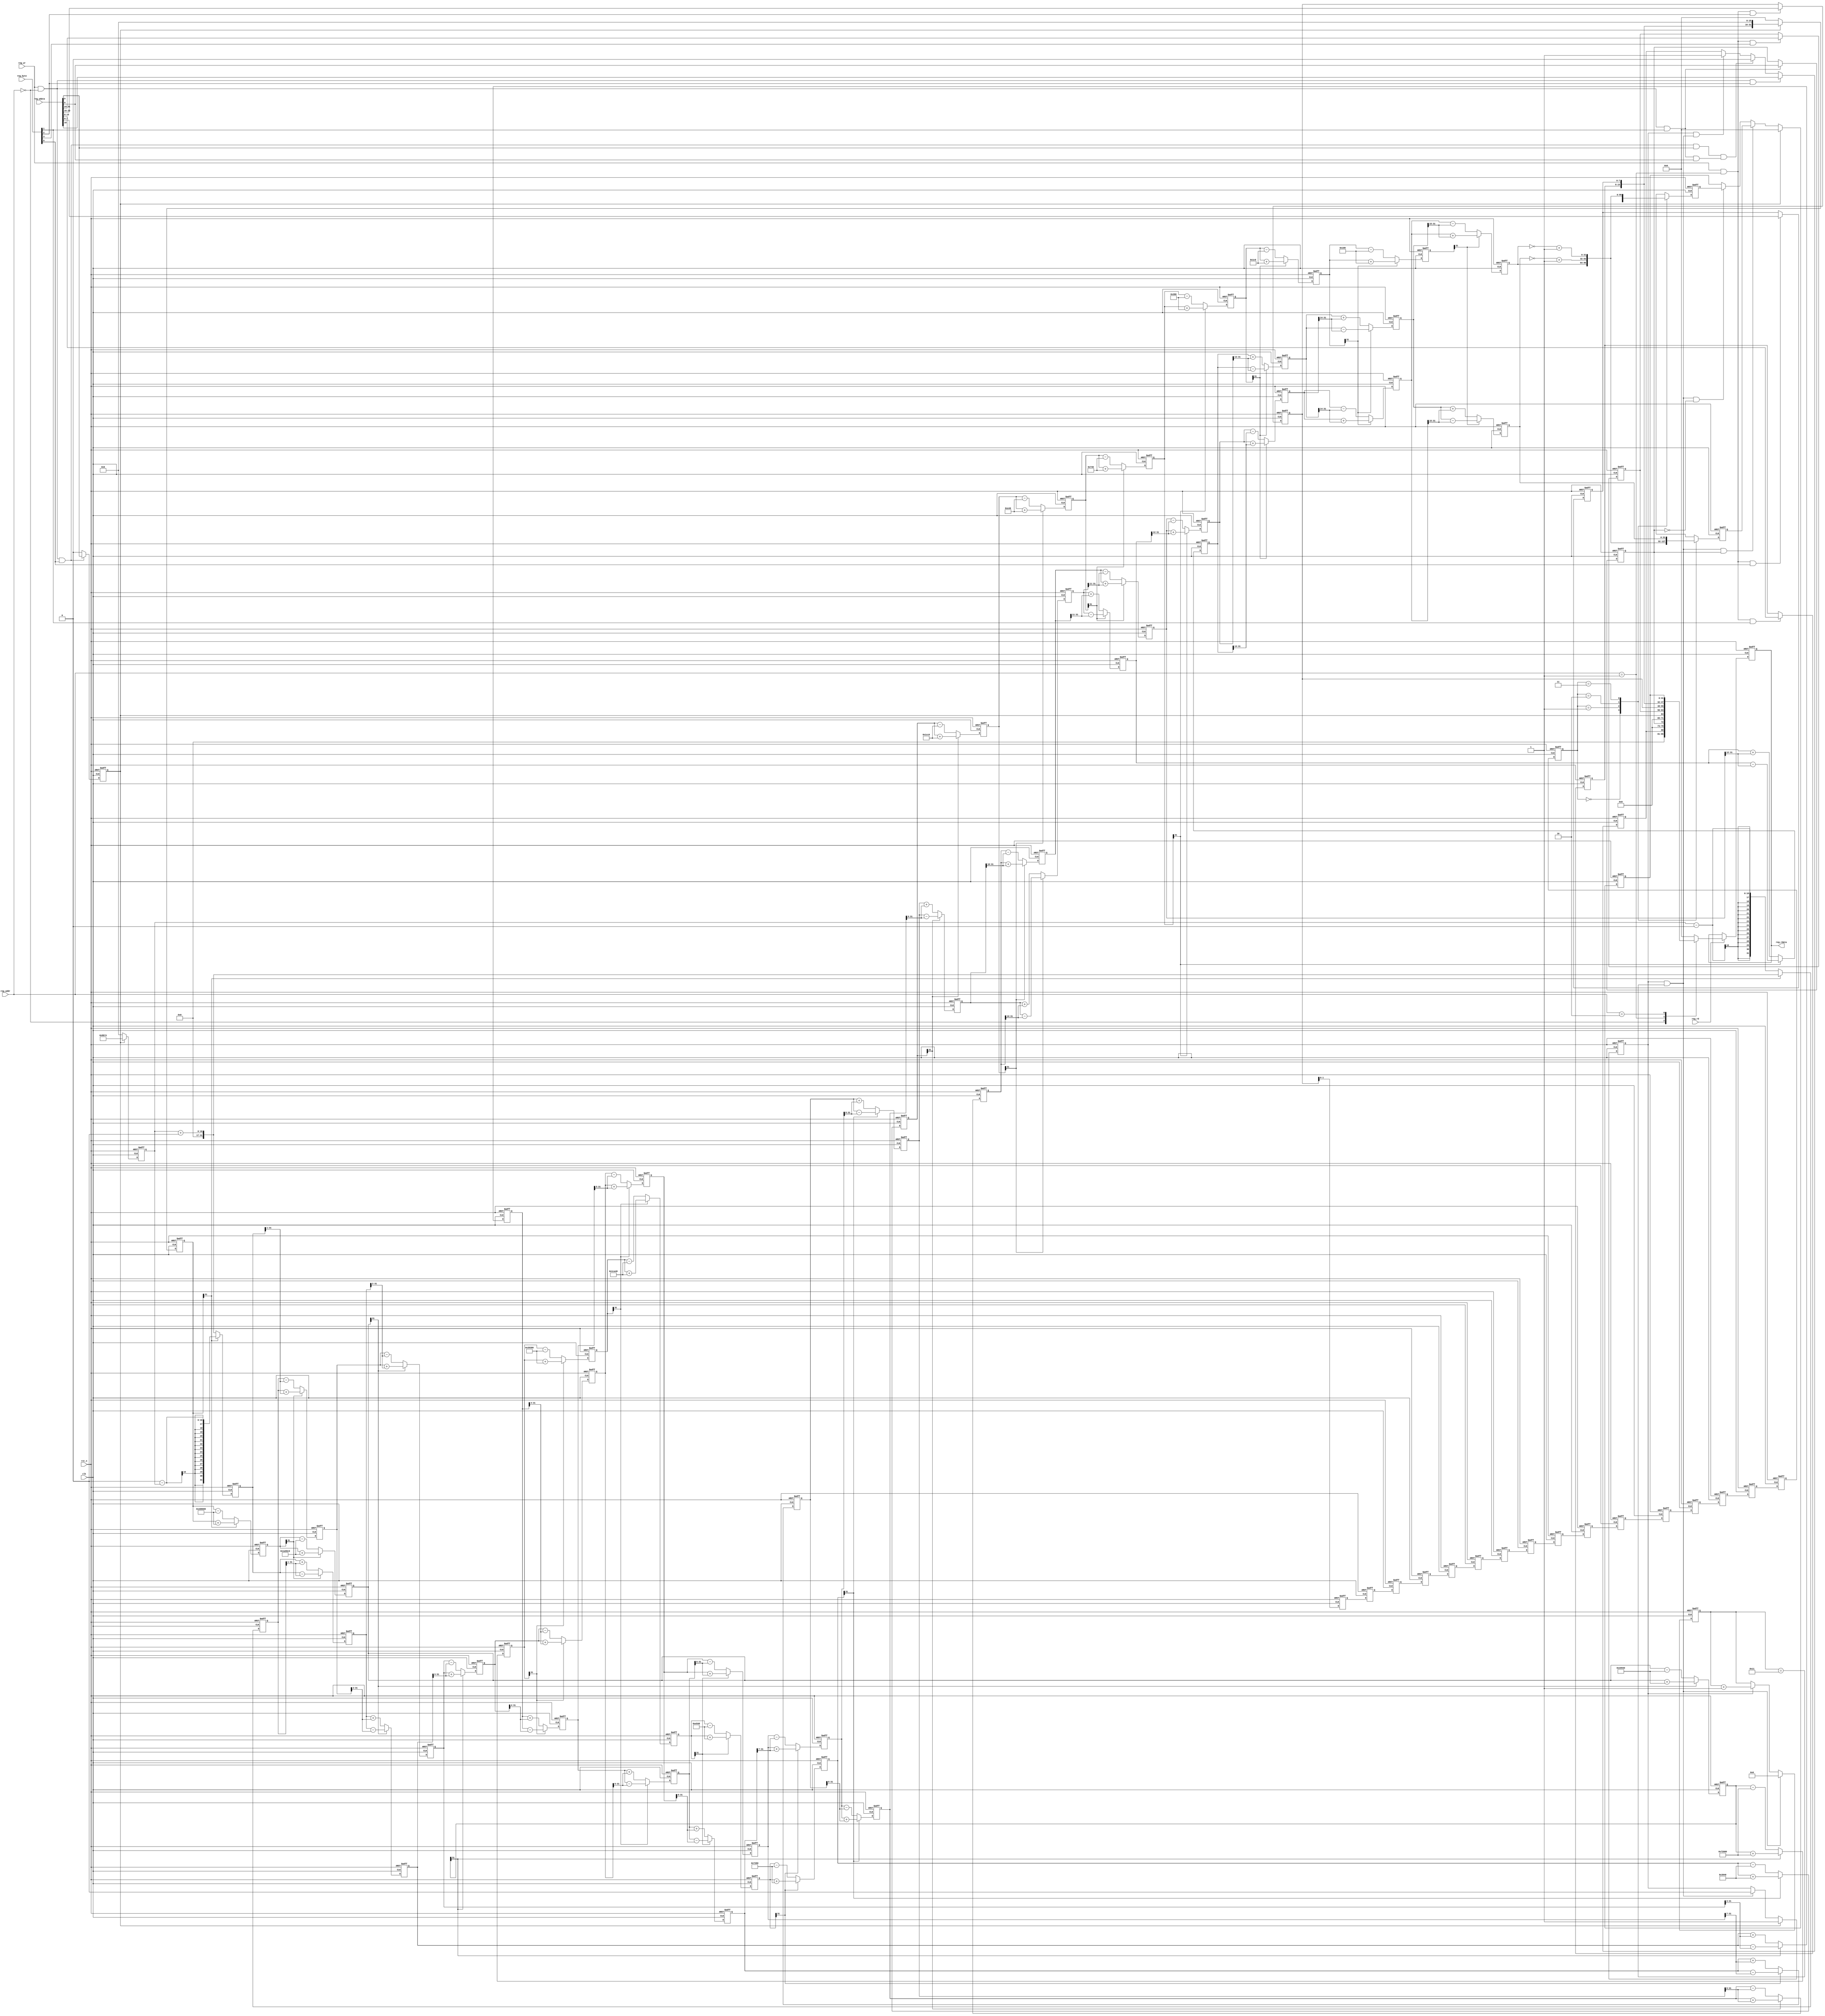
`timescale 1ns / 1ps
//////////////////////////////////////////////////////////////////////////////////
// Company: 
// Engineer: 
// 
// Design Name: 
// Module Name: cordic
// Project Name: 
// Target Devices: 
// Tool Versions: 
// Description: 
// 
// Dependencies: 
// 
// Revision:
// Revision 0.01 - File Created
// Additional Comments:
// 
//////////////////////////////////////////////////////////////////////////////////


module cordic
(
    input  wire        clk      ,
    input  wire        rst_n    ,
    input  wire        reg_wr   ,
    input  wire        reg_rd   ,
    input  wire [3:0]  reg_byte ,
    input  wire [3:0]  reg_addr ,
    input  wire [31:0] reg_wdata,
    output reg  [31:0] reg_rdata
);

reg        start  ;
reg        finish ;
reg        func   ;
reg [31:0] phase  ;
reg [31:0] result ;
reg [5:0]  cnt    ;
reg        vld    ;

wire cnt_end = vld & (cnt == 6'h11);

wire vld_d = start ? 1'b1 : cnt_end ? 1'b0 : vld;

always @ (posedge clk or negedge rst_n) begin
    if (~rst_n)       cnt <= 6'h0;
    else if (cnt_end) cnt <= 6'h0;
    else if (vld)     cnt <= cnt + 6'h1;
end

always @ (posedge clk or negedge rst_n) begin
    if (~rst_n) vld <= 1'b0;
    else        vld <= vld_d;
end

reg signed [31:0] sin;
reg signed [31:0] cos;

always @ (posedge clk or negedge rst_n) begin
    if (~rst_n)               result <= 32'h0;
    else if (start)           result <= 32'h0;
    else if (cnt_end & func)  result <= cos;
    else if (cnt_end & ~func) result <= sin;
end

wire start_wr  = reg_wr & (reg_addr == 4'h0);
wire phase_wr = reg_wr & (reg_addr == 4'h1);

always @ (posedge clk or negedge rst_n) begin
    if (~rst_n)                      start <= 1'b0;
    else if (start_wr & reg_byte[0]) start <= reg_wdata[0];
    else                             start <= 1'b0;
end
  
always @ (posedge clk or negedge rst_n) begin
    if (~rst_n)                      func <= 1'b0;
    else if (start_wr & reg_byte[1]) func <= reg_wdata[8];
end

wire start_d = start_wr & reg_byte[0] & reg_wdata[0];

wire finish_inv_d = start_wr & reg_byte[1] & reg_wdata[8];

wire finish_clr = start_d & finish_inv_d;

always @ (posedge clk or negedge rst_n) begin
    if (~rst_n)                      finish <= 1'b0;
    else if (start_wr & reg_byte[2]) finish <= reg_wdata[16];
    else if (finish_clr)             finish <= 1'b0;
    else if (vld & cnt_end)          finish <= 1'b1;
end

always @ (posedge clk or negedge rst_n) begin
    if (~rst_n)                      phase[7:0] <= 8'h00;
    else if (phase_wr & reg_byte[0]) phase[7:0] <= reg_wdata[7:0];
end

always @ (posedge clk or negedge rst_n) begin
    if (~rst_n)                      phase[15:8] <= 8'h00;
    else if (phase_wr & reg_byte[1]) phase[15:8] <= reg_wdata[15:8];
end

always @ (posedge clk or negedge rst_n) begin
    if (~rst_n)                      phase[23:16] <= 8'h00;
    else if (phase_wr & reg_byte[2]) phase[23:16] <= reg_wdata[23:16];
end

always @ (posedge clk or negedge rst_n) begin
    if (~rst_n)                      phase[31:24] <= 8'h00;
    else if (phase_wr & reg_byte[3]) phase[31:24] <= reg_wdata[31:24];
end

always @ (posedge clk or negedge rst_n) begin
    if (~rst_n) reg_rdata <= 32'h0;
    else if (reg_rd) begin
	case (reg_addr) 
            4'h0 : reg_rdata <= {15'h0,finish,7'h0,func,7'h0,start};
	    4'h1 : reg_rdata <= phase;
	    4'h2 : reg_rdata <= result;
	    default : reg_rdata <= 32'h0;
	endcase
    end
end

`define rot0  32'd2949120       //45*2^16
`define rot1  32'd1740992       //26.5651*2^16
`define rot2  32'd919872        //14.0362*2^16
`define rot3  32'd466944        //7.1250*2^16
`define rot4  32'd234368        //3.5763*2^16
`define rot5  32'd117312        //1.7899*2^16
`define rot6  32'd58688         //0.8952*2^16
`define rot7  32'd29312         //0.4476*2^16
`define rot8  32'd14656         //0.2238*2^16
`define rot9  32'd7360          //0.1119*2^16
`define rot10 32'd3648          //0.0560*2^16
`define rot11 32'd1856          //0.0280*2^16
`define rot12 32'd896           //0.0140*2^16
`define rot13 32'd448           //0.0070*2^16
`define rot14 32'd256           //0.0035*2^16
`define rot15 32'd128           //0.0018*2^16

parameter Pipeline = 16;
parameter K = 32'h09b74;    //K=0.607253*2^16,32'h09b74,

reg signed [31:0] error;
reg signed [31:0] x0=0,y0=0,z0=0;
reg signed [31:0] x1=0,y1=0,z1=0;
reg signed [31:0] x2=0,y2=0,z2=0;
reg signed [31:0] x3=0,y3=0,z3=0;
reg signed [31:0] x4=0,y4=0,z4=0;
reg signed [31:0] x5=0,y5=0,z5=0;
reg signed [31:0] x6=0,y6=0,z6=0;
reg signed [31:0] x7=0,y7=0,z7=0;
reg signed [31:0] x8=0,y8=0,z8=0;
reg signed [31:0] x9=0,y9=0,z9=0;
reg signed [31:0] x10=0,y10=0,z10=0;
reg signed [31:0] x11=0,y11=0,z11=0;
reg signed [31:0] x12=0,y12=0,z12=0;
reg signed [31:0] x13=0,y13=0,z13=0;
reg signed [31:0] x14=0,y14=0,z14=0;
reg signed [31:0] x15=0,y15=0,z15=0;
reg signed [31:0] x16=0,y16=0,z16=0;
reg        [ 1:0] Quadrant [Pipeline:0];

always @ (posedge clk or negedge rst_n)
begin
    if(!rst_n)
    begin
        x0 <= 1'b0;                         
        y0 <= 1'b0;
        z0 <= 1'b0;
    end
    else if (start)
    begin
        x0 <= K;
        y0 <= 32'd0;
        z0 <= phase[15:0] << 16;
    end
    else
    begin
        x0 <= 32'h0;                         
        y0 <= 32'h0;
        z0 <= 32'h0;
    end
end

always @ (posedge clk or negedge rst_n)
begin
    if(!rst_n)
    begin
        x1 <= 1'b0;                         
        y1 <= 1'b0;
        z1 <= 1'b0;
    end
    else if(z0[31])
    begin
      x1 <= x0 + y0;
      y1 <= y0 - x0;
      z1 <= z0 + `rot0;
    end
    else
    begin
      x1 <= x0 - y0;
      y1 <= y0 + x0;
      z1 <= z0 - `rot0;
    end
end

always @ (posedge clk or negedge rst_n)
begin
    if(!rst_n)
    begin
        x2 <= 1'b0;                         
        y2 <= 1'b0;
        z2 <= 1'b0;
    end
    else if(z1[31])
   begin
        x2 <= x1 + (y1 >>> 1);
        y2 <= y1 - (x1 >>> 1);
        z2 <= z1 + `rot1;
   end
   else
   begin
       x2 <= x1 - (y1 >>> 1);
       y2 <= y1 + (x1 >>> 1);
       z2 <= z1 - `rot1;
   end
end

always @ (posedge clk or negedge rst_n)
begin
    if(!rst_n)
    begin
        x3 <= 1'b0;                         
        y3 <= 1'b0;
        z3 <= 1'b0;
    end
    else if(z2[31])
   begin
       x3 <= x2 + (y2 >>> 2);
       y3 <= y2 - (x2 >>> 2);
       z3 <= z2 + `rot2;
   end
   else
   begin
       x3 <= x2 - (y2 >>> 2);
       y3 <= y2 + (x2 >>> 2);
       z3 <= z2 - `rot2;
   end
end

always @ (posedge clk or negedge rst_n)
begin
    if(!rst_n)
    begin
        x4 <= 1'b0;                         
        y4 <= 1'b0;
        z4 <= 1'b0;
    end
    else if(z3[31])
   begin
       x4 <= x3 + (y3 >>> 3);
       y4 <= y3 - (x3 >>> 3);
       z4 <= z3 + `rot3;
   end
   else
   begin
       x4 <= x3 - (y3 >>> 3);
       y4 <= y3 + (x3 >>> 3);
       z4 <= z3 - `rot3;
   end
end

always @ (posedge clk or negedge rst_n)
begin
    if(!rst_n)
    begin
        x5 <= 1'b0;                         
        y5 <= 1'b0;
        z5 <= 1'b0;
    end
    else if(z4[31])
   begin
       x5 <= x4 + (y4 >>> 4);
       y5 <= y4 - (x4 >>> 4);
       z5 <= z4 + `rot4;
   end
   else
   begin
       x5 <= x4 - (y4 >>> 4);
       y5 <= y4 + (x4 >>> 4);
       z5 <= z4 - `rot4;
   end
end

always @ (posedge clk or negedge rst_n)
begin
    if(!rst_n)
    begin
        x6 <= 1'b0;                         
        y6 <= 1'b0;
        z6 <= 1'b0;
    end
    else if(z5[31])
   begin
       x6 <= x5 + (y5 >>> 5);
       y6 <= y5 - (x5 >>> 5);
       z6 <= z5 + `rot5;
   end
   else
   begin
       x6 <= x5 - (y5 >>> 5);
       y6 <= y5 + (x5 >>> 5);
       z6 <= z5 - `rot5;
   end
end

always @ (posedge clk or negedge rst_n)
begin
    if(!rst_n)
    begin
        x7 <= 1'b0;                         
        y7 <= 1'b0;
        z7 <= 1'b0;
    end
    else if(z6[31])
   begin
       x7 <= x6 + (y6 >>> 6);
       y7 <= y6 - (x6 >>> 6);
       z7 <= z6 + `rot6;
   end
   else
   begin
       x7 <= x6 - (y6 >>> 6);
       y7 <= y6 + (x6 >>> 6);
       z7 <= z6 - `rot6;
   end
end

always @ (posedge clk or negedge rst_n)
begin
    if(!rst_n)
    begin
        x8 <= 1'b0;                         
        y8 <= 1'b0;
        z8 <= 1'b0;
    end
    else if(z7[31])
   begin
       x8 <= x7 + (y7 >>> 7);
       y8 <= y7 - (x7 >>> 7);
       z8 <= z7 + `rot7;
   end
   else
   begin
       x8 <= x7 - (y7 >>> 7);
       y8 <= y7 + (x7 >>> 7);
       z8 <= z7 - `rot7;
   end
end

always @ (posedge clk or negedge rst_n)
begin
    if(!rst_n)
    begin
        x9 <= 1'b0;                         
        y9 <= 1'b0;
        z9 <= 1'b0;
    end
    else if(z8[31])
   begin
       x9 <= x8 + (y8 >>> 8);
       y9 <= y8 - (x8 >>> 8);
       z9 <= z8 + `rot8;
   end
   else
   begin
       x9 <= x8 - (y8 >>> 8);
       y9 <= y8 + (x8 >>> 8);
       z9 <= z8 - `rot8;
   end
end

always @ (posedge clk or negedge rst_n)
begin
    if(!rst_n)
    begin
        x10 <= 1'b0;                        
        y10 <= 1'b0;
        z10 <= 1'b0;
    end
    else if(z9[31])
   begin
       x10 <= x9 + (y9 >>> 9);
       y10 <= y9 - (x9 >>> 9);
       z10 <= z9 + `rot9;
   end
   else
   begin
       x10 <= x9 - (y9 >>> 9);
       y10 <= y9 + (x9 >>> 9);
       z10 <= z9 - `rot9;
   end
end

always @ (posedge clk or negedge rst_n)
begin
    if(!rst_n)
    begin
        x11 <= 1'b0;                        
        y11 <= 1'b0;
        z11 <= 1'b0;
    end
    else if(z10[31])
   begin
       x11 <= x10 + (y10 >>> 10);
       y11 <= y10 - (x10 >>> 10);
       z11 <= z10 + `rot10;
   end
   else
   begin
       x11 <= x10 - (y10 >>> 10);
       y11 <= y10 + (x10 >>> 10);
       z11 <= z10 - `rot10;
   end
end

always @ (posedge clk or negedge rst_n)
begin
    if(!rst_n)
    begin
        x12 <= 1'b0;                        
        y12 <= 1'b0;
        z12 <= 1'b0;
    end
    else if(z11[31])
   begin
       x12 <= x11 + (y11 >>> 11);
       y12 <= y11 - (x11 >>> 11);
       z12 <= z11 + `rot11;
   end
   else
   begin
       x12 <= x11 - (y11 >>> 11);
       y12 <= y11 + (x11 >>> 11);
       z12 <= z11 - `rot11;
   end
end

always @ (posedge clk or negedge rst_n)
begin
    if(!rst_n)
    begin
        x13 <= 1'b0;                        
        y13 <= 1'b0;
        z13 <= 1'b0;
    end
    else if(z12[31])
   begin
       x13 <= x12 + (y12 >>> 12);
       y13 <= y12 - (x12 >>> 12);
       z13 <= z12 + `rot12;
   end
   else
   begin
       x13 <= x12 - (y12 >>> 12);
       y13 <= y12 + (x12 >>> 12);
       z13 <= z12 - `rot12;
   end
end

always @ (posedge clk or negedge rst_n)
begin
    if(!rst_n)
    begin
        x14 <= 1'b0;                        
        y14 <= 1'b0;
        z14 <= 1'b0;
    end
    else if(z13[31])
   begin
       x14 <= x13 + (y13 >>> 13);
       y14 <= y13 - (x13 >>> 13);
       z14 <= z13 + `rot13;
   end
   else
   begin
       x14 <= x13 - (y13 >>> 13);
       y14 <= y13 + (x13 >>> 13);
       z14 <= z13 - `rot13;
   end
end

always @ (posedge clk or negedge rst_n)
begin
    if(!rst_n)
    begin
        x15 <= 1'b0;                        
        y15 <= 1'b0;
        z15 <= 1'b0;
    end
    else if(z14[31])
   begin
       x15 <= x14 + (y14 >>> 14);
       y15 <= y14 - (x14 >>> 14);
       z15 <= z14 + `rot14;
   end
   else
   begin
       x15 <= x14 - (y14 >>> 14);
       y15 <= y14 + (x14 >>> 14);
       z15 <= z14 - `rot14;
   end
end

always @ (posedge clk or negedge rst_n)
begin
    if(!rst_n)
    begin
        x16 <= 1'b0;                        
        y16 <= 1'b0;
        z16 <= 1'b0;
    end
    else if(z15[31])
   begin
       x16 <= x15 + (y15 >>> 15);
       y16 <= y15 - (x15 >>> 15);
       z16 <= z15 + `rot15;
   end
   else
   begin
       x16 <= x15 - (y15 >>> 15);
       y16 <= y15 + (x15 >>> 15);
       z16 <= z15 - `rot15;
   end
end

always @ (posedge clk or negedge rst_n)
begin
    if(!rst_n)
    begin
        Quadrant[0] <= 1'b0;
        Quadrant[1] <= 1'b0;
        Quadrant[2] <= 1'b0;
        Quadrant[3] <= 1'b0;
        Quadrant[4] <= 1'b0;
        Quadrant[5] <= 1'b0;
        Quadrant[6] <= 1'b0;
        Quadrant[7] <= 1'b0;
        Quadrant[8] <= 1'b0;
        Quadrant[9] <= 1'b0;
        Quadrant[10] <= 1'b0;
        Quadrant[11] <= 1'b0;
        Quadrant[12] <= 1'b0;
        Quadrant[13] <= 1'b0;
        Quadrant[14] <= 1'b0;
        Quadrant[15] <= 1'b0;
        Quadrant[16] <= 1'b0;
    end
    else
    begin
        Quadrant[0] <= phase[17:16];
        Quadrant[1] <= Quadrant[0];
        Quadrant[2] <= Quadrant[1];
        Quadrant[3] <= Quadrant[2];
        Quadrant[4] <= Quadrant[3];
        Quadrant[5] <= Quadrant[4];
        Quadrant[6] <= Quadrant[5];
        Quadrant[7] <= Quadrant[6];
        Quadrant[8] <= Quadrant[7];
        Quadrant[9] <= Quadrant[8];
        Quadrant[10] <= Quadrant[9];
        Quadrant[11] <= Quadrant[10];
        Quadrant[12] <= Quadrant[11];
        Quadrant[13] <= Quadrant[12];
        Quadrant[14] <= Quadrant[13];
        Quadrant[15] <= Quadrant[14];
        Quadrant[16] <= Quadrant[15];
    end
end

always @ (posedge clk or negedge rst_n)
begin
    if(!rst_n)
    begin
        cos <= 1'b0;
        sin <= 1'b0;
        error <= 1'b0;
    end
    else
    begin
        error <= z16;
        case(Quadrant[16])
            2'b00: //if the phase is in first Quadrant,the sin(X)=sin(A),cos(X)=cos(A)
                begin
                    cos <= x16;
                    sin <= y16;
                end
            2'b01: //if the phase is in second Quadrant,the sin(X)=sin(A+90)=cosA,cos(X)=cos(A+90)=-sinA
                begin
                    cos <= ~(y16) + 1'b1;//-sin
                    sin <= x16;//cos
                end
            2'b10: //if the phase is in third Quadrant,the sin(X)=sin(A+180)=-sinA,cos(X)=cos(A+180)=-cosA
                begin
                    cos <= ~(x16) + 1'b1;//-cos
                    sin <= ~(y16) + 1'b1;//-sin
                end
            2'b11: //if the phase is in forth Quadrant,the sin(X)=sin(A+270)=-cosA,cos(X)=cos(A+270)=sinA
                begin
                    cos <= y16;//sin
                    sin <= ~(x16) + 1'b1;//-cos
                end
        endcase
    end
end

endmodule